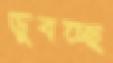
ডুবচ্ছে